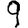
Digit: 9